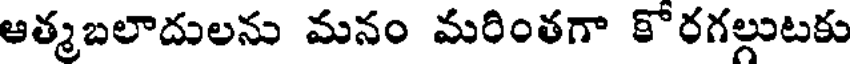
ఆత్మబలాదులను మనం మరింతగా కోరగల్లుటకు